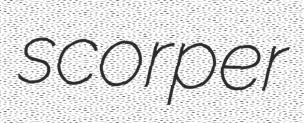
scorper